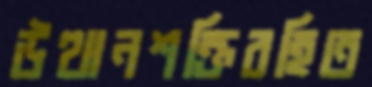
উত্থানশক্তিরহিত